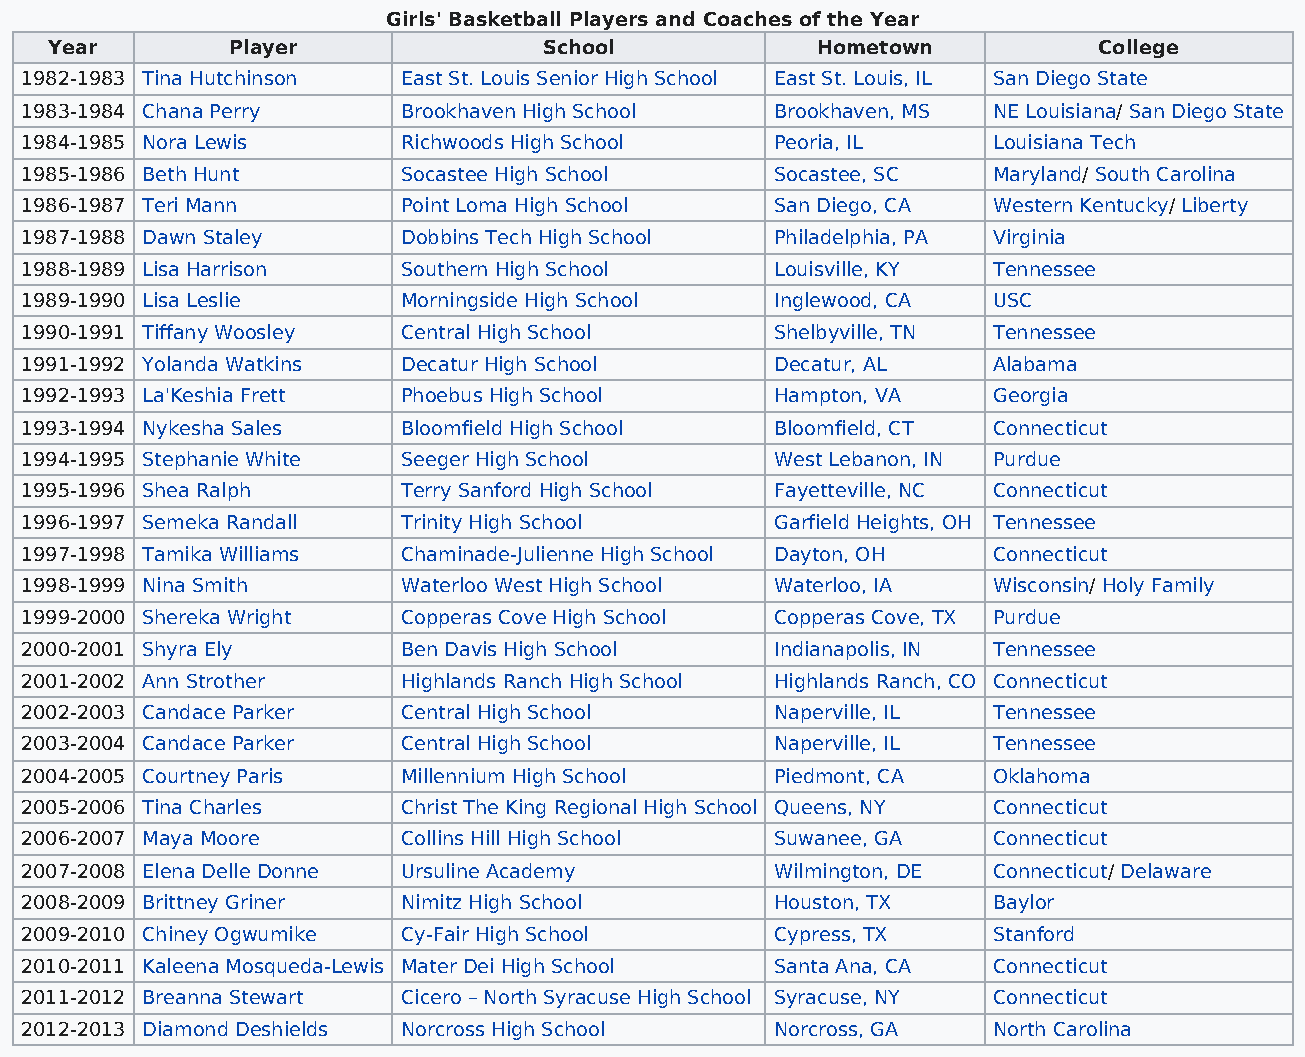
Girls' Basketball Players and Coaches of the Year
 Year        Player               School            Hometown           College
 1982-1983 Tina Hutchinson East St. Louis Senior High School East St. Louis, IL San Diego State
 1983-1984 Chana Perry     Brookhaven High School  Brookhaven, MS NE Louisiana/ San Diego State
 1984-1985 Nora Lewis      Richwoods High School   Peoria, IL     Louisiana Tech
 1985-1986 Beth Hunt       Socastee High School    Socastee, SC   Maryland/ South Carolina
 1986-1987 Teri Mann       Point Loma High School  San Diego, CA  Western Kentucky/ Liberty
 1987-1988 Dawn Staley     Dobbins Tech High School Philadelphia, PA Virginia
 1988-1989 Lisa Harrison   Southern High School    Louisville, KY Tennessee
 1989-1990 Lisa Leslie     Morningside High School Inglewood, CA  USC
 1990-1991 Tiffany Woosley Central High School     Shelbyville, TN Tennessee
 1991-1992 Yolanda Watkins Decatur High School     Decatur, AL    Alabama
 1992-1993 La'Keshia Frett Phoebus High School     Hampton, VA    Georgia
 1993-1994 Nykesha Sales   Bloomfield High School  Bloomfield, CT Connecticut
 1994-1995 Stephanie White Seeger High School      West Lebanon, IN Purdue
 1995-1996 Shea Ralph      Terry Sanford High School Fayetteville, NC Connecticut
 1996-1997 Semeka Randall  Trinity High School     Garfield Heights, OH Tennessee
 1997-1998 Tamika Williams Chaminade-Julienne High School Dayton, OH Connecticut
 1998-1999 Nina Smith      Waterloo West High School Waterloo, IA Wisconsin/ Holy Family
 1999-2000 Shereka Wright  Copperas Cove High School Copperas Cove, TX Purdue
 2000-2001 Shyra Ely       Ben Davis High School   Indianapolis, IN Tennessee
 2001-2002 Ann Strother    Highlands Ranch High School Highlands Ranch, CO Connecticut
 2002-2003 Candace Parker  Central High School     Naperville, IL Tennessee
 2003-2004 Candace Parker  Central High School     Naperville, IL Tennessee
 2004-2005 Courtney Paris  Millennium High School  Piedmont, CA   Oklahoma
 2005-2006 Tina Charles    Christ The King Regional High School Queens, NY Connecticut
 2006-2007 Maya Moore      Collins Hill High School Suwanee, GA   Connecticut
 2007-2008 Elena Delle Donne Ursuline Academy      Wilmington, DE Connecticut/ Delaware
 2008-2009 Brittney Griner Nimitz High School      Houston, TX    Baylor
 2009-2010 Chiney Ogwumike Cy-Fair High School     Cypress, TX    Stanford
 2010-2011 Kaleena Mosqueda-Lewis Mater Dei High School Santa Ana, CA Connecticut
 2011-2012 Breanna Stewart Cicero – North Syracuse High School Syracuse, NY Connecticut
 2012-2013 Diamond Deshields Norcross High School  Norcross, GA   North Carolina